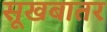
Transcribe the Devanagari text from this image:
सूखबातर